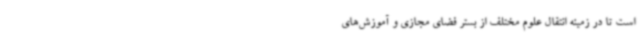
است تا در زمینه انتقال علوم مختلف از بستر فضای مجازی و آموزش‌های